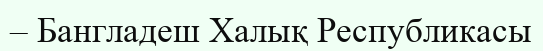
– Бангладеш Халық Республикасы